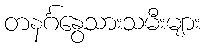
တနင်္ဂနွေသားသမီးများ